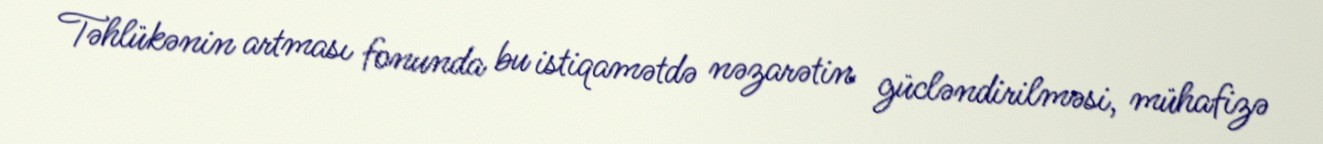
Təhlükənin artması fonunda bu istiqamətdə nəzarətin gücləndirilməsi, mühafizə